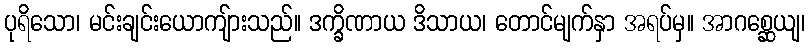
ပုရိသော၊ မင်းချင်းယောကျ်ားသည်။ ဒက္ခိဏာယ ဒိသာယ၊ တောင်မျက်နှာ အရပ်မှ။ အာဂစ္ဆေယျ၊